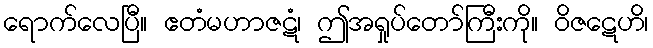
ရောက်လေပြီ။ ဧတံမဟာဇဋံ၊ ဤအရှုပ်တော်ကြီးကို။ ဝိဇဋေဟိ၊